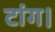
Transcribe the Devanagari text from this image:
टांग।